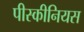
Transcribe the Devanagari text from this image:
पीस्कीनियस